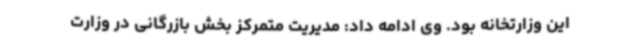
این وزارتخانه بود. وی ادامه داد: مدیریت متمرکز بخش بازرگانی در وزارت